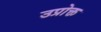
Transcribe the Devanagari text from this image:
उप्रोक्त